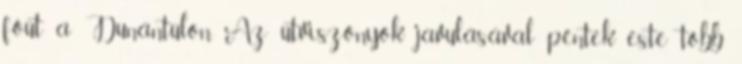
főút a Dunántúlon Az útviszonyok javulásával péntek este több